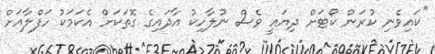
''ކައިވެނި ކުރަން ކޯޓަށް ދިޔައީ ވެސް ނުލާހިކު އާދައިގެ ގޮތަކަށް އެކަމަކު ހަފްލާއަށް